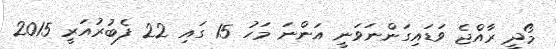
މޯދީ ރާއްޖެ ވަޑައިގަންނަވަނީ އަންނަ މަހު 15 ގައި 22 ފެބުރުއަރީ 2015